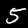
Digit: 5